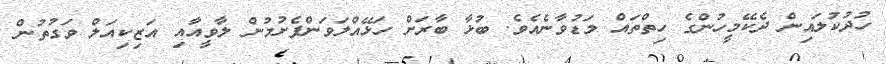
ހުދުކުލައިން ދެކޭމީހުންގެ ހިތްތައް މަޑުވާނެއެވެ. ބުޅާ ބާރަށް ހަޅޭއްލަވަންފެށުމުން ލާވީއާއި އަޒިކިއަލް ވަގުތުން